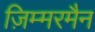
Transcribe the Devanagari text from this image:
ज़िम्मरमैन